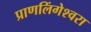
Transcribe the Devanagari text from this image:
प्राणलिंगेश्‍वरा